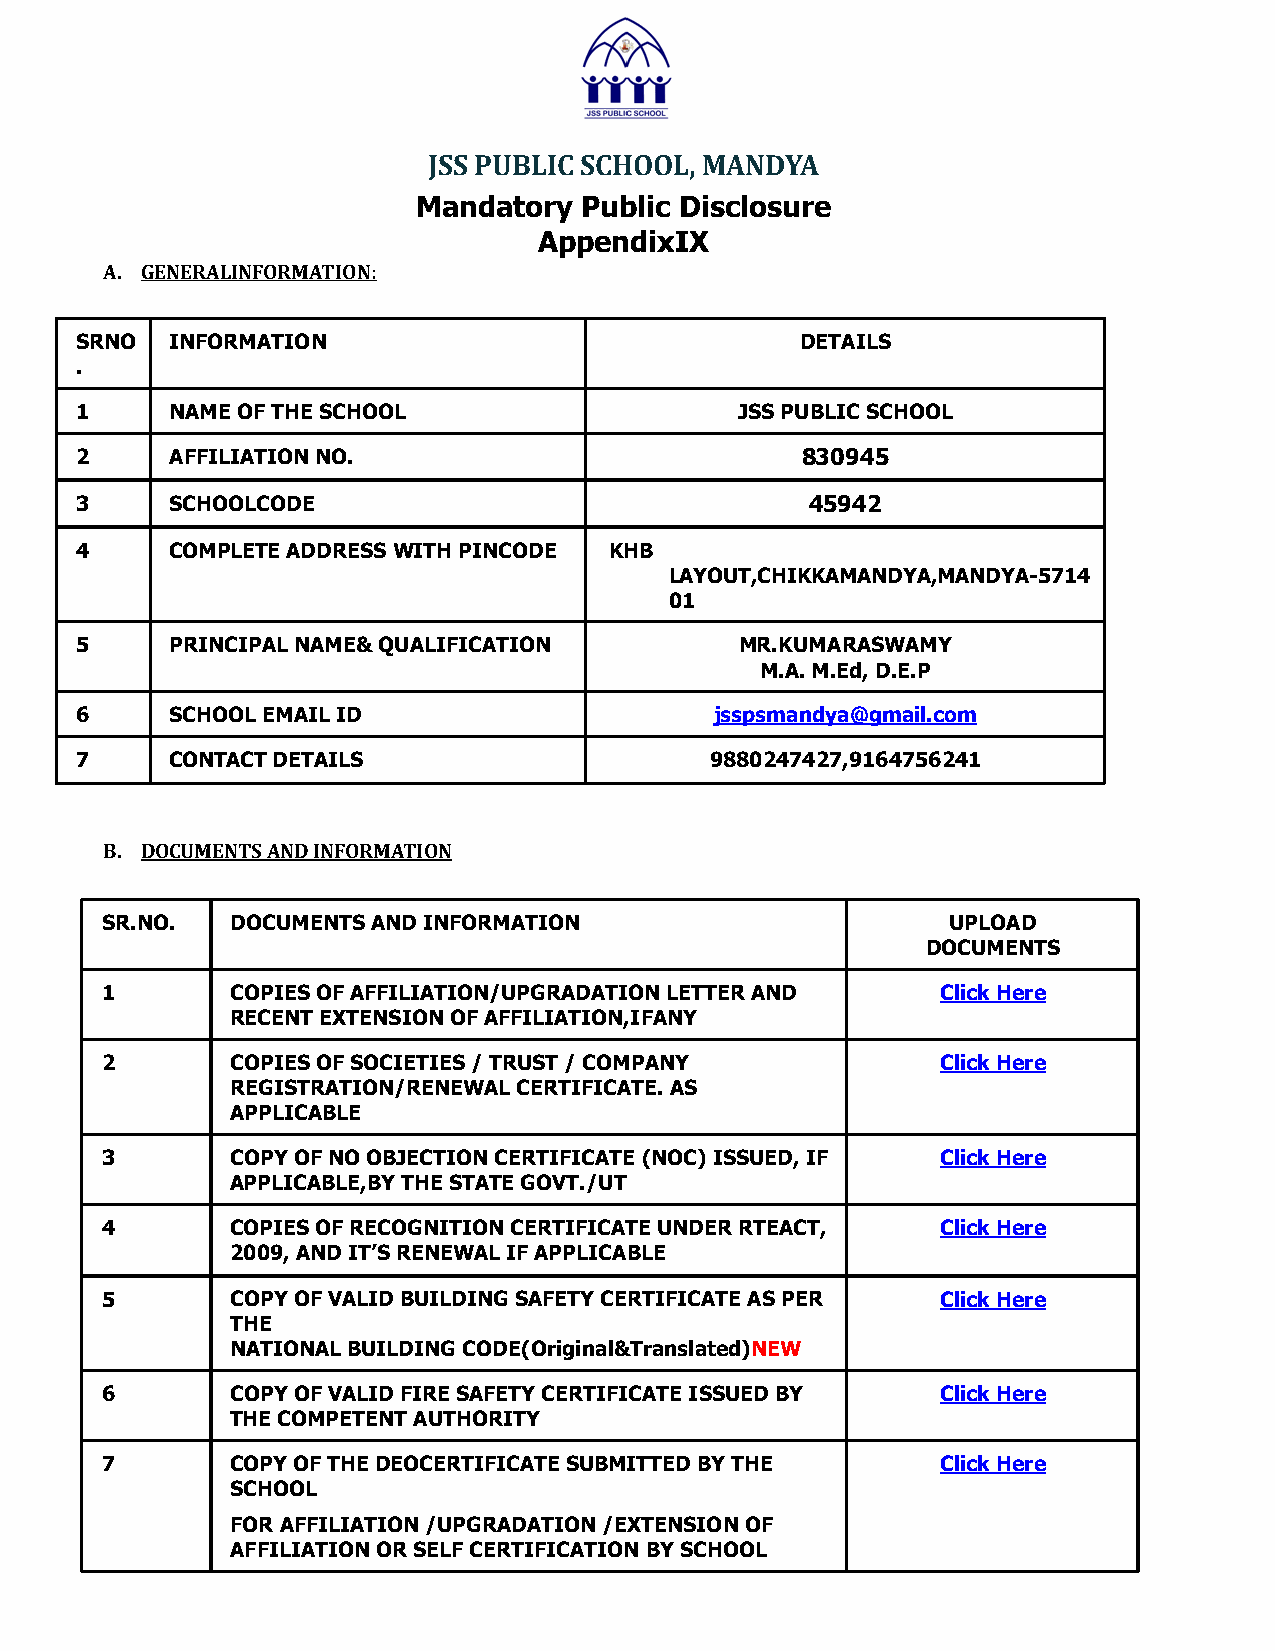
JSS PUBLIC SCHOOL, MANDYA
 Mandatory  Public Disclosure
 AppendixIX
 A. GENERALINFORMATION:
 SRNO  INFORMATION                               DETAILS
 .
 1     NAME OF THE SCHOOL                    JSS PUBLIC SCHOOL
 2     AFFILIATION NO.                           830945
 3     SCHOOLCODE                                 45942
 4     COMPLETE ADDRESS WITH PINCODE KHB
 LAYOUT,CHIKKAMANDYA,MANDYA-5714
 01
 5     PRINCIPAL NAME& QUALIFICATION         MR.KUMARASWAMY
 M.A. M.Ed, D.E.P
 6     SCHOOL EMAIL ID                     jsspsmandya@gmail.com
 7     CONTACT DETAILS                     9880247427,9164756241
 B. DOCUMENTS AND INFORMATION
 SR.NO.  DOCUMENTS AND INFORMATION                       UPLOAD
 DOCUMENTS
 1       COPIES OF AFFILIATION/UPGRADATION LETTER AND   Click Here
 RECENT EXTENSION OF AFFILIATION,IFANY
 2       COPIES OF SOCIETIES / TRUST / COMPANY          Click Here
 REGISTRATION/RENEWAL CERTIFICATE. AS
 APPLICABLE
 3       COPY OF NO OBJECTION CERTIFICATE (NOC) ISSUED, IF Click Here
 APPLICABLE,BY THE STATE GOVT./UT
 4       COPIES OF RECOGNITION CERTIFICATE UNDER RTEACT, Click Here
 2009, AND IT’S RENEWAL IF APPLICABLE
 5       COPY OF VALID BUILDING SAFETY CERTIFICATE AS PER Click Here
 THE
 NATIONAL BUILDING CODE(Original&Translated)NEW
 6       COPY OF VALID FIRE SAFETY CERTIFICATE ISSUED BY Click Here
 THE COMPETENT AUTHORITY
 7       COPY OF THE DEOCERTIFICATE SUBMITTED BY THE    Click Here
 SCHOOL
 FOR AFFILIATION /UPGRADATION /EXTENSION OF
 AFFILIATION OR SELF CERTIFICATION BY SCHOOL